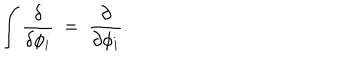
\int { \frac { \delta } { \delta \phi _ { i } } } ~ = ~ { \frac { \partial } { \partial \phi _ { i } } } .